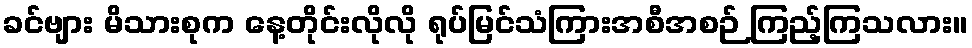
ခင်ဗျား မိသားစုက နေ့တိုင်းလိုလို ရုပ်မြင်သံကြားအစီအစဉ် ကြည့်ကြသလား။